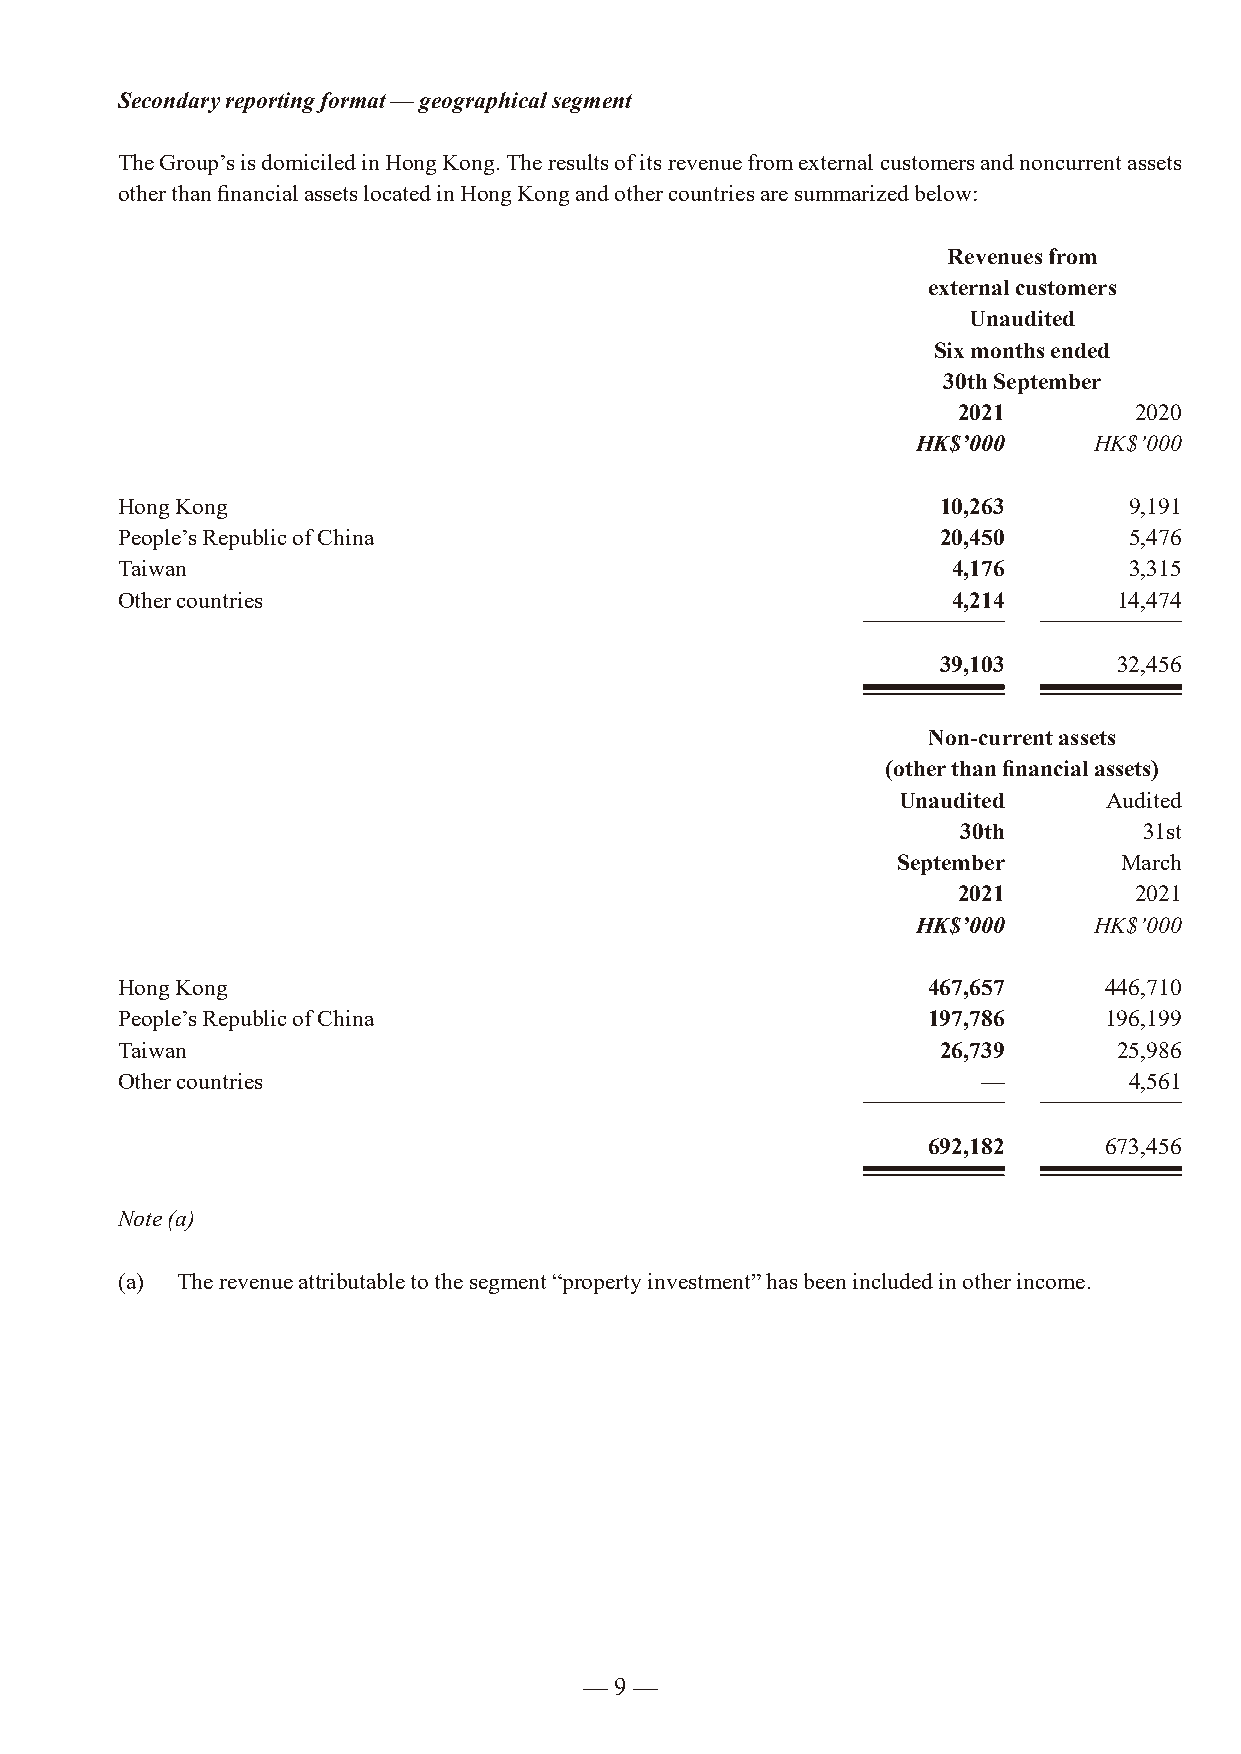
Secondary reporting format — geographical segment
 The Group’s is domiciled in Hong Kong. The results of its revenue from external customers and noncurrent assets
 other than financial assets located in Hong Kong and other countries are summarized below:
 Revenues from
 external customers
 Unaudited
 Six months ended
 30th September
 2021        2020
 HK$’000    HK$’000
 Hong Kong                                             10,263       9,191
 People’s Republic of China                            20,450       5,476
 Taiwan                                                 4,176       3,315
 Other countries                                        4,214      14,474
 39,103      32,456
 Non-current assets
 (other than financial assets)
 Unaudited     Audited
 30th        31st
 September      March
 2021        2021
 HK$’000    HK$’000
 Hong Kong                                            467,657     446,710
 People’s Republic of China                           197,786     196,199
 Taiwan                                                26,739      25,986
 Other countries                                          —         4,561
 692,182     673,456
 Note (a)
 (a) The revenue attributable to the segment “property investment” has been included in other income.
 — 9 —